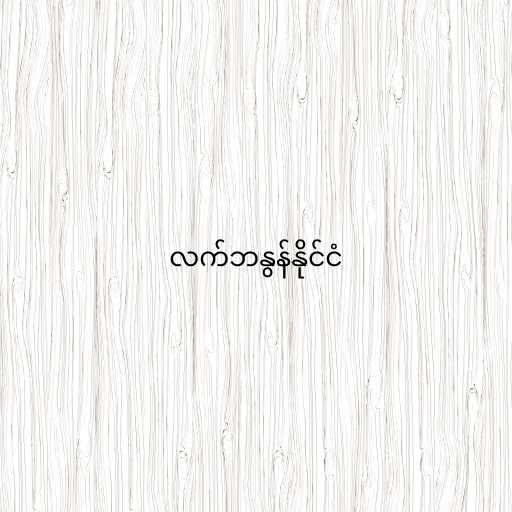
လက်ဘနွန်နိုင်ငံ